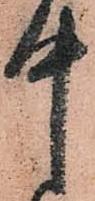
中